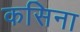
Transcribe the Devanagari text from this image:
कसिना